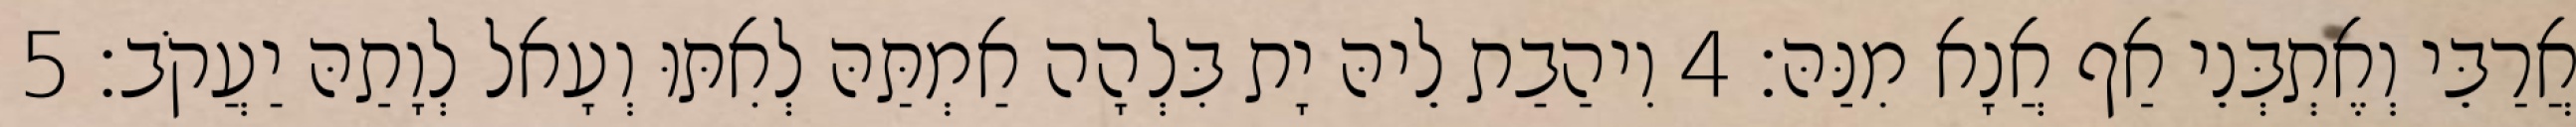
אֲרַבֵּי וְאֶתְבְּנֵי אַף אֲנָא מִנַּהּ׃ 4 וִיהַבַת לֵיהּ יָת בִּלְהָה אַמְתַּהּ לְאִתּוּ וְעָאל לְוָתַהּ יַעֲקֹב׃ 5